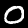
Digit: 0